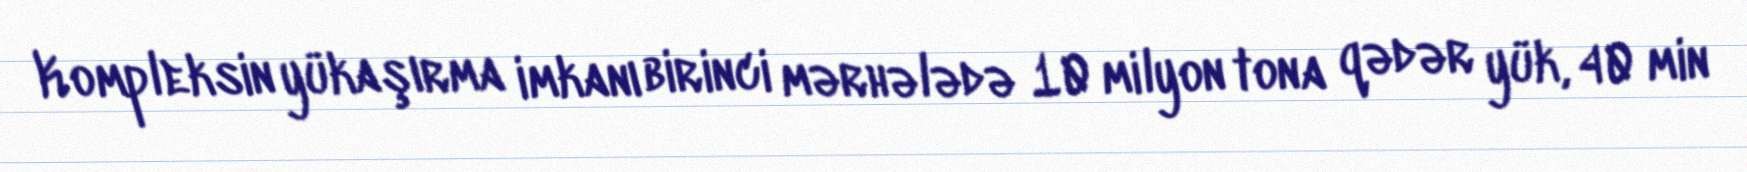
Kompleksin yükaşırma imkanı birinci mərhələdə 10 milyon tona qədər yük, 40 min